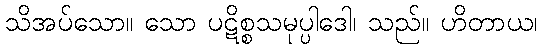
သိအပ်သော။ သော ပဋိစ္စသမုပ္ပါဒေါ၊ သည်။ ဟိတာယ၊